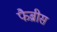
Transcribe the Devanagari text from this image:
फैब्रीस